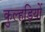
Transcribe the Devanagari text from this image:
कुल्हड़ियों